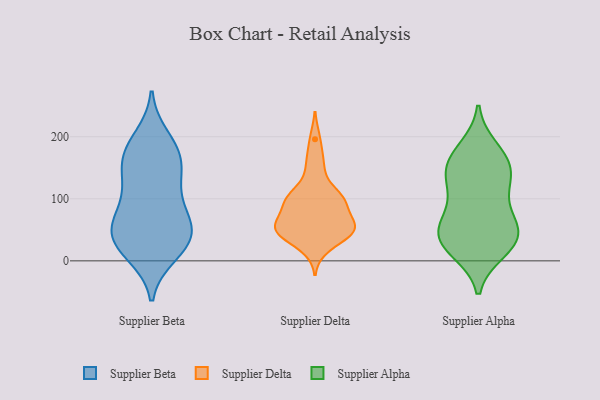
{"axis": {"x": "Churn Rate (%)", "y": "Value"}, "legend": ["Supplier Alpha", "Supplier Beta", "Supplier Delta"], "data": [{"x": "", "y": 81, "type": "Supplier Beta"}, {"x": "", "y": 31, "type": "Supplier Beta"}, {"x": "", "y": 20, "type": "Supplier Beta"}, {"x": "", "y": 172, "type": "Supplier Beta"}, {"x": "", "y": 198, "type": "Supplier Beta"}, {"x": "", "y": 132, "type": "Supplier Beta"}, {"x": "", "y": 137, "type": "Supplier Beta"}, {"x": "", "y": 11, "type": "Supplier Beta"}, {"x": "", "y": 49, "type": "Supplier Beta"}, {"x": "", "y": 179, "type": "Supplier Beta"}, {"x": "", "y": 74, "type": "Supplier Beta"}, {"x": "", "y": 152, "type": "Supplier Beta"}, {"x": "", "y": 62, "type": "Supplier Beta"}, {"x": "", "y": 108, "type": "Supplier Beta"}, {"x": "", "y": 48, "type": "Supplier Beta"}, {"x": "", "y": 43, "type": "Supplier Beta"}, {"x": "", "y": 23, "type": "Supplier Beta"}, {"x": "", "y": 175, "type": "Supplier Beta"}, {"x": "", "y": 106, "type": "Supplier Delta"}, {"x": "", "y": 77, "type": "Supplier Delta"}, {"x": "", "y": 57, "type": "Supplier Delta"}, {"x": "", "y": 146, "type": "Supplier Delta"}, {"x": "", "y": 57, "type": "Supplier Delta"}, {"x": "", "y": 51, "type": "Supplier Delta"}, {"x": "", "y": 97, "type": "Supplier Delta"}, {"x": "", "y": 51, "type": "Supplier Delta"}, {"x": "", "y": 102, "type": "Supplier Delta"}, {"x": "", "y": 97, "type": "Supplier Delta"}, {"x": "", "y": 49, "type": "Supplier Delta"}, {"x": "", "y": 196, "type": "Supplier Delta"}, {"x": "", "y": 35, "type": "Supplier Delta"}, {"x": "", "y": 52, "type": "Supplier Delta"}, {"x": "", "y": 102, "type": "Supplier Delta"}, {"x": "", "y": 162, "type": "Supplier Delta"}, {"x": "", "y": 96, "type": "Supplier Delta"}, {"x": "", "y": 53, "type": "Supplier Delta"}, {"x": "", "y": 21, "type": "Supplier Delta"}, {"x": "", "y": 48, "type": "Supplier Delta"}, {"x": "", "y": 16, "type": "Supplier Alpha"}, {"x": "", "y": 49, "type": "Supplier Alpha"}, {"x": "", "y": 67, "type": "Supplier Alpha"}, {"x": "", "y": 48, "type": "Supplier Alpha"}, {"x": "", "y": 20, "type": "Supplier Alpha"}, {"x": "", "y": 135, "type": "Supplier Alpha"}, {"x": "", "y": 170, "type": "Supplier Alpha"}, {"x": "", "y": 70, "type": "Supplier Alpha"}, {"x": "", "y": 181, "type": "Supplier Alpha"}, {"x": "", "y": 113, "type": "Supplier Alpha"}, {"x": "", "y": 33, "type": "Supplier Alpha"}, {"x": "", "y": 44, "type": "Supplier Alpha"}, {"x": "", "y": 144, "type": "Supplier Alpha"}, {"x": "", "y": 149, "type": "Supplier Alpha"}, {"x": "", "y": 110, "type": "Supplier Alpha"}, {"x": "", "y": 160, "type": "Supplier Alpha"}, {"x": "", "y": 28, "type": "Supplier Alpha"}]}